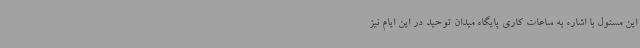
این مسئول با اشاره به ساعات کاری پایگاه میدان توحید در این ایام نیز